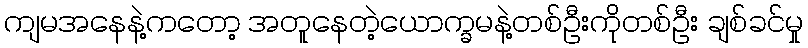
ကျမအနေနဲ့ကတော့ အတူနေတဲ့ယောက္ခမနဲ့တစ်ဦးကိုတစ်ဦး ချစ်ခင်မှု